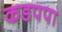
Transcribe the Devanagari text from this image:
कडपपा